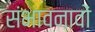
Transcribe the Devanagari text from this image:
संभावनावों